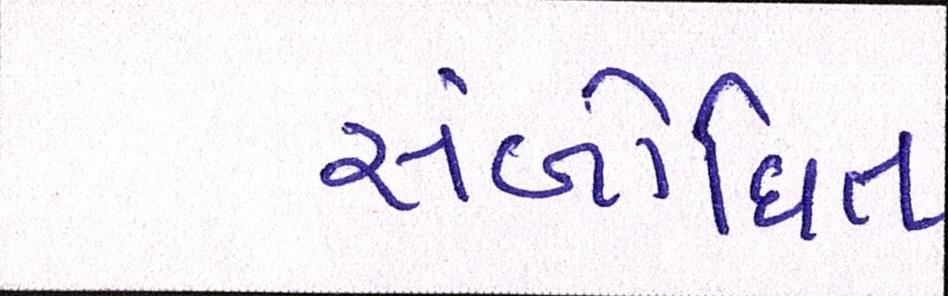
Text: સંબોધિત